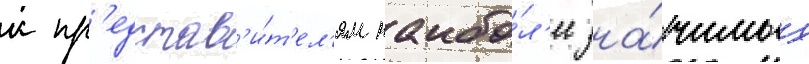
к пр'едстав'и́т'ел'ям наибо́л'ее зна́чимых